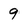
Character: 9